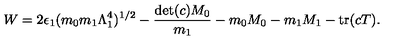
W = 2 \epsilon _ { 1 } ( m _ { 0 } m _ { 1 } \Lambda _ { 1 } ^ { 4 } ) ^ { 1 / 2 } - \frac { \mathrm { d e t } ( c ) M _ { 0 } } { m _ { 1 } } - m _ { 0 } M _ { 0 } - m _ { 1 } M _ { 1 } - \mathrm { t r } ( c T ) .